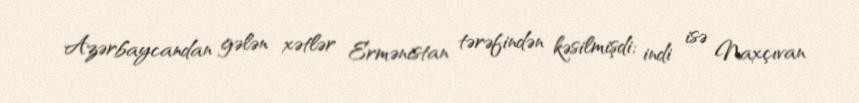
Azərbaycandan gələn xətlər Ermənistan tərəfindən kəsilmişdi; indi isə Naxçıvan